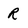
Character: R